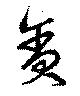
貪